Notes on vaccination in the North-West Frontier Province 1923-1928 - 1923-1928
Year: 1923
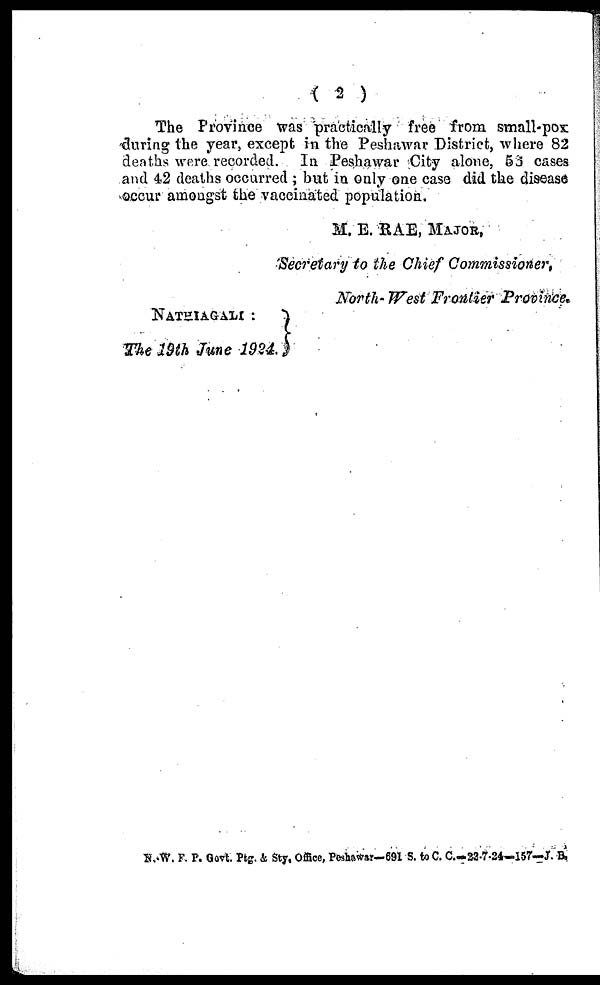
( 2 )
The Province was practically free from small-pox
during the year, except in the Peshawar District, where 82
deaths were recorded. In Peshawar City alone, 53 cases
and 42 deaths occurred ; but in only one case did the disease
occur amongst the vaccinated population.
NATHIAGALI :
The 19th June 1924.
M. E. RAE, MAJOR,
Secretary to the Chief Commissioner,
North-West Frontier Province.
N.-W. F. P. Govt. Ptg. & Sty. Office, Peshawar— 691 S. to C. C.—22-7-24—157—J. B.